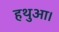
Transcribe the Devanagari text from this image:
हथुआ।